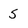
Character: S